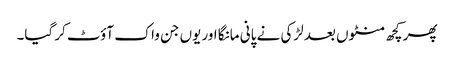
پھر کچھ منٹوں بعد لڑکی نے پانی مانگا اور یوں جن واک آؤٹ کر گیا۔